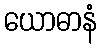
ယောဓာနံ